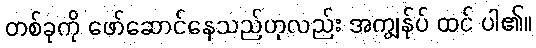
တစ်ခုကို ဖော်ဆောင်နေသည်ဟုလည်း အကျွန်ုပ် ထင် ပါ၏။